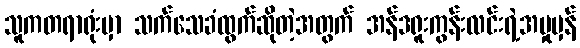
သူကတရာရုံးမှာ သက်သေခံထွက်ဆိုတဲ့အတွက် အန်ဒရူးကွန်းလင်းရဲ့အမှုမှန်